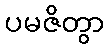
ပမဇိတွာ